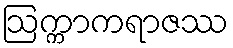
ဩက္ကာကရာဇဿ